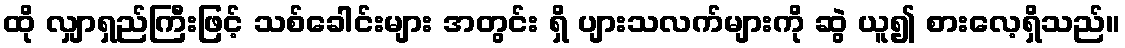
ထို လျှာရှည်ကြီးဖြင့် သစ်ခေါင်းများ အတွင်း ရှိ ပျားသလက်များကို ဆွဲ ယူ၍ စားလေ့ရှိသည်။